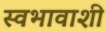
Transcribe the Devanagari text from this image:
स्वभावाशी